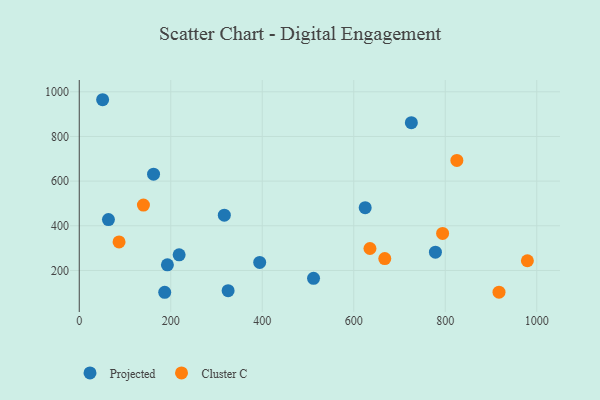
{"axis": {"x": "Distance", "y": "Fuel Efficiency"}, "legend": ["Cluster C", "Projected"], "data": [{"x": "162.4", "y": 631.1, "type": "Projected"}, {"x": "725.9", "y": 861.9, "type": "Projected"}, {"x": "192.7", "y": 225.0, "type": "Projected"}, {"x": "218.3", "y": 269.8, "type": "Projected"}, {"x": "63.8", "y": 428.0, "type": "Projected"}, {"x": "778.5", "y": 281.7, "type": "Projected"}, {"x": "394.4", "y": 236.0, "type": "Projected"}, {"x": "512.1", "y": 164.6, "type": "Projected"}, {"x": "186.8", "y": 102.3, "type": "Projected"}, {"x": "325.4", "y": 109.5, "type": "Projected"}, {"x": "317.1", "y": 447.4, "type": "Projected"}, {"x": "625.0", "y": 481.0, "type": "Projected"}, {"x": "51.1", "y": 964.5, "type": "Projected"}, {"x": "667.8", "y": 253.0, "type": "Cluster C"}, {"x": "635.4", "y": 298.3, "type": "Cluster C"}, {"x": "825.4", "y": 692.6, "type": "Cluster C"}, {"x": "979.5", "y": 243.4, "type": "Cluster C"}, {"x": "140.3", "y": 492.7, "type": "Cluster C"}, {"x": "87.0", "y": 327.8, "type": "Cluster C"}, {"x": "917.5", "y": 102.9, "type": "Cluster C"}, {"x": "794.2", "y": 366.0, "type": "Cluster C"}]}